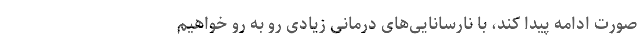
صورت ادامه پیدا کند، با نارسانایی‌های درمانی زیادی رو به رو خواهیم